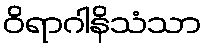
ဝိရာဂါနိသံသာ